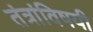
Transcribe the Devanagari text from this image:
तंत्रांविषयी